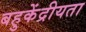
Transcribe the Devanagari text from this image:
बहुकेंद्रीयता